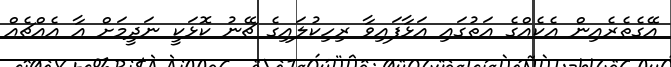
އޭގެތެރެއިން އެކެއްގެ އަތުގައި އަޅާފައިވާ ރިހިކުލައިގެ ޗޭނު ކޮޅަކީ ނަދީމަށް އާ އެއްޗެއް